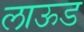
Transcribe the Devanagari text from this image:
लाऊड